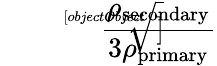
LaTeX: \sqrt[[objectObject]]{\frac{\rho_{\mathrm{secondary}}}{3\rho_{\mathrm{primary}}}}